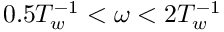
0 . 5 T _ { w } ^ { - 1 } < \omega < 2 T _ { w } ^ { - 1 }